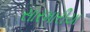
સારમારીયા